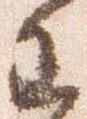
わ